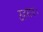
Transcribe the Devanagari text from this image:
ठहराय।